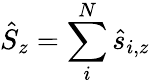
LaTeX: \hat{S}_{z}=\sum_{i}^{N}\hat{s}_{i,z}